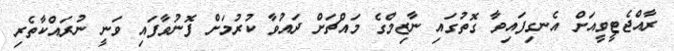
ރާއްޖެޓީވީއަށް އެނގިފައިވާ ގޮތުގައި ނާޒިމްގެ މައްޗަށް ދައުވާ ކުރުމަށް ފޮނުވާފައި ވަނީ ނުރައްކާތެރި